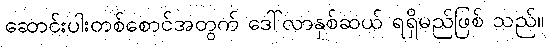
ဆောင်းပါးတစ်စောင်အတွက် ဒေါ်လာနှစ်ဆယ် ရရှိမည်ဖြစ် သည်။